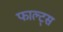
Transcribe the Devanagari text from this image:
फाल्ट्स